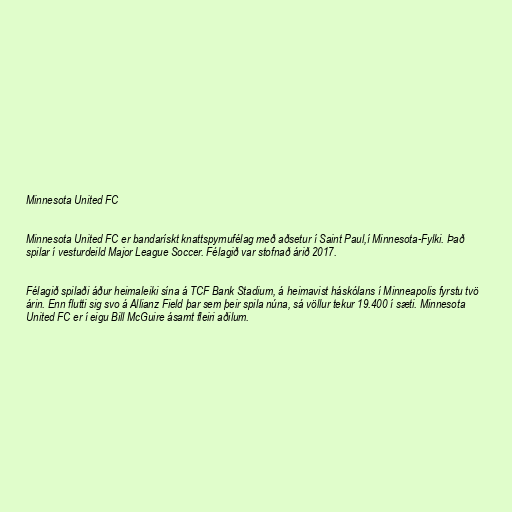
Minnesota United FC

Minnesota United FC er bandarískt knattspyrnufélag með aðsetur í Saint Paul,í Minnesota-Fylki. Það
spilar í vesturdeild Major League Soccer. Félagið var stofnað árið 2017.

Félagið spilaði áður heimaleiki sína á TCF Bank Stadium, á heimavist háskólans í Minneapolis fyrstu tvö
árin. Enn flutti sig svo á Allianz Field þar sem þeir spila núna, sá völlur tekur 19.400 í sæti. Minnesota
United FC er í eigu Bill McGuire ásamt fleiri aðilum.